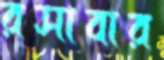
রসাবার